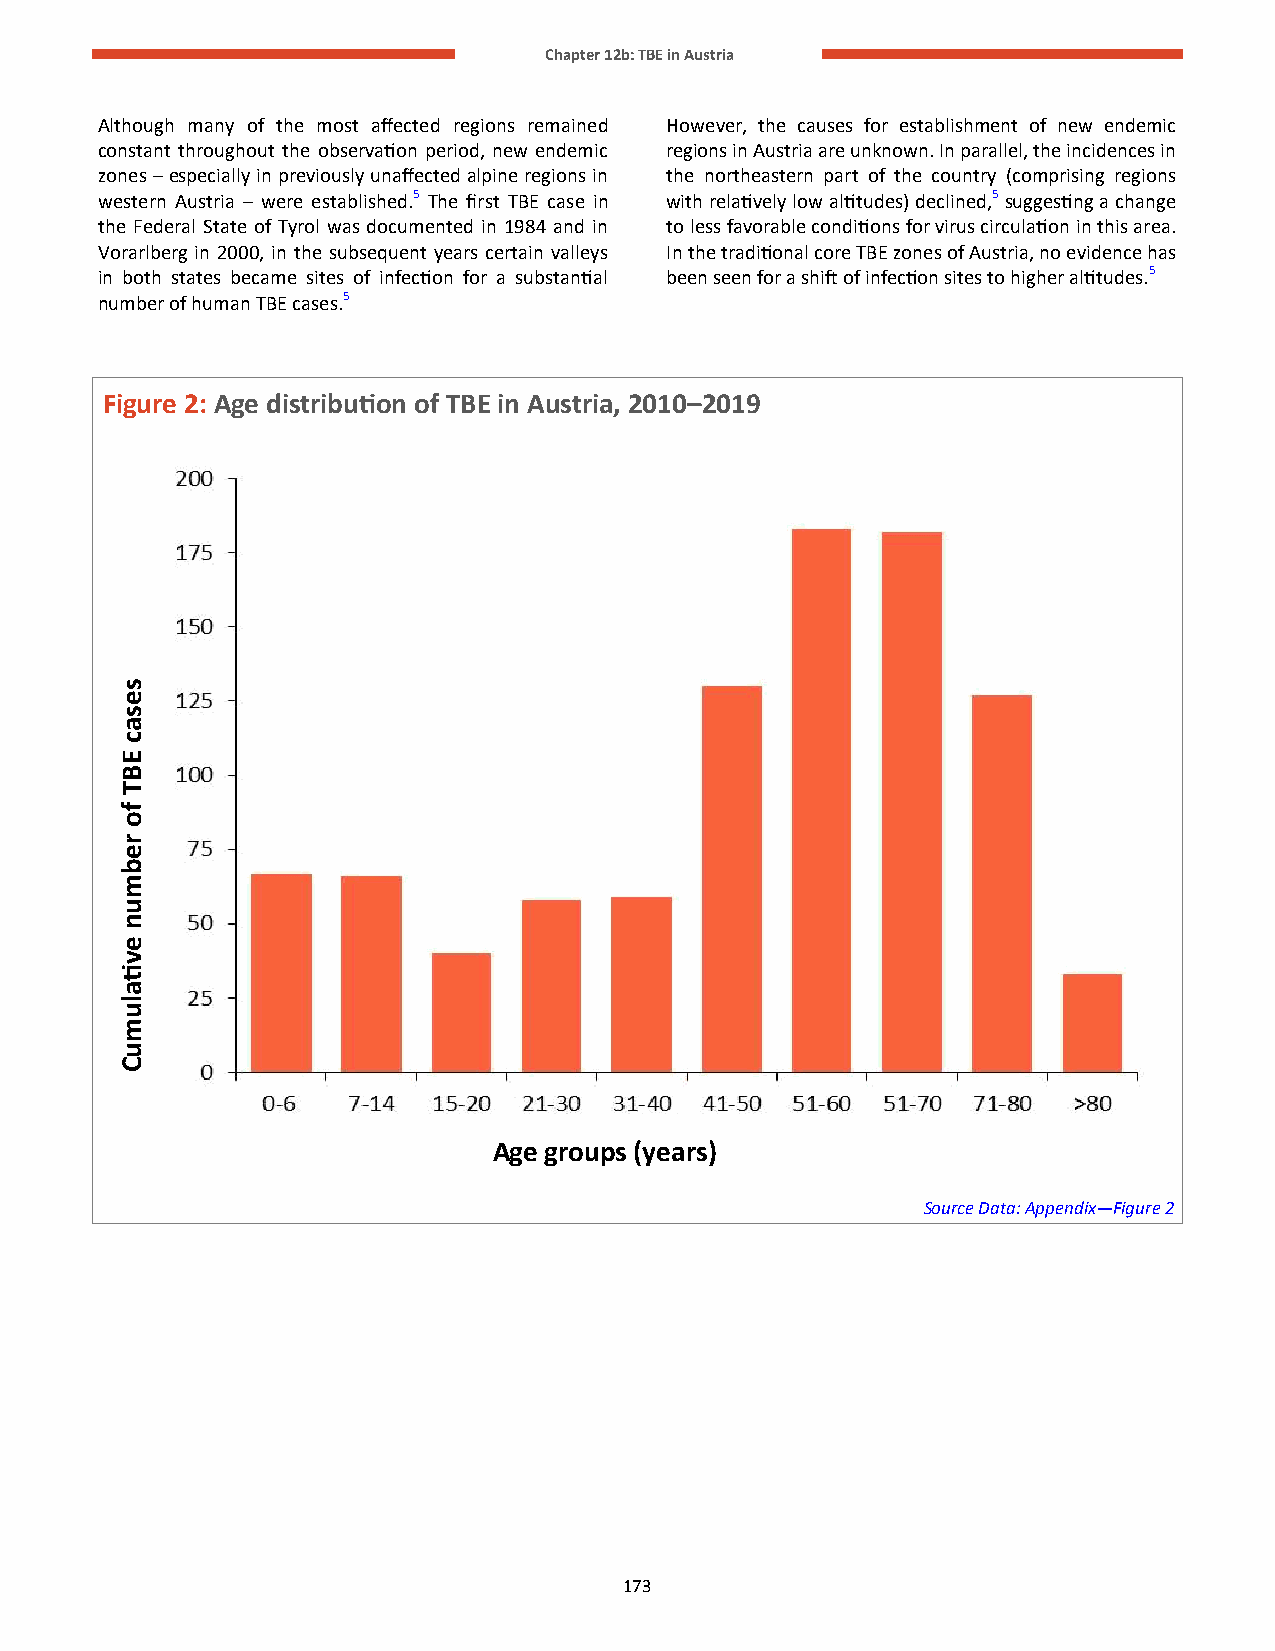
Chapter 12b: TBE in Austria
 Although many of the most affected regions remained However, the causes for establishment of new endemic
 constant throughout the observation period, new endemic regions in Austria are unknown. In parallel, the incidences in
 zones – especially in previously unaffected alpine regions in the northeastern part of the country (comprising regions
 western Austria – were established.5 The first TBE case in with relatively low altitudes) declined,5 suggesting a change
 the Federal State of Tyrol was documented in 1984 and in to less favorable conditions for virus circulation in this area.
 Vorarlberg in 2000, in the subsequent years certain valleys In the traditional core TBE zones of Austria, no evidence has
 in both states became sites of infection for a substantial been seen for a shift of infection sites to higher altitudes.5
 number of human TBE cases.5
 Figure 2: Age distribution of TBE in Austria, 2010–2019
 Age groups (years)
 Source Data: Appendix—Figure 2
 173
 sesac
 EBT
 fo
 rebmun
 evtialumuC